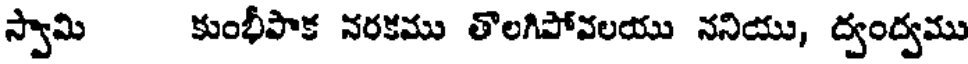
స్వామి కుంభీపాక నరకము తొలగిపోవలయు ననియు, ద్వంద్వము